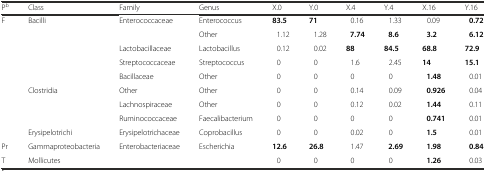
<table><thead><tr><td><b>P<sup>b</sup></b></td><td><b>Class</b></td><td><b>Family</b></td><td><b>Genus</b></td><td><b>X.0</b></td><td><b>Y.0</b></td><td><b>X.4</b></td><td><b>Y.4</b></td><td><b>X.16</b></td><td><b>Y.16</b></td></tr></thead><tbody><tr><td rowspan="9">F</td><td rowspan="5">Bacilli</td><td>Enterococcaceae</td><td>Enterococcus</td><td><b>83.5</b></td><td><b>71</b></td><td>0.16</td><td>1.33</td><td>0.09</td><td><b>0.72</b></td></tr><tr><td></td><td>Other</td><td>1.12</td><td>1.28</td><td><b>7.74</b></td><td><b>8.6</b></td><td><b>3.2</b></td><td><b>6.12</b></td></tr><tr><td>Lactobacillaceae</td><td>Lactobacillus</td><td>0.12</td><td>0.02</td><td><b>88</b></td><td><b>84.5</b></td><td><b>68.8</b></td><td><b>72.9</b></td></tr><tr><td>Streptococcaceae</td><td>Streptococcus</td><td>0</td><td>0</td><td>1.6</td><td>2.45</td><td><b>14</b></td><td><b>15.1</b></td></tr><tr><td>Bacillaceae</td><td>Other</td><td>0</td><td>0</td><td>0</td><td>0</td><td><b>1.48</b></td><td>0.01</td></tr><tr><td rowspan="3">Clostridia</td><td>Other</td><td>Other</td><td>0</td><td>0</td><td>0.14</td><td>0.09</td><td><b>0.926</b></td><td>0.04</td></tr><tr><td>Lachnospiraceae</td><td>Other</td><td>0</td><td>0</td><td>0.12</td><td>0.02</td><td><b>1.44</b></td><td>0.11</td></tr><tr><td>Ruminococcaceae</td><td>Faecalibacterium</td><td>0</td><td>0</td><td>0</td><td>0</td><td><b>0.741</b></td><td>0.01</td></tr><tr><td>Erysipelotrichi</td><td>Erysipelotrichaceae</td><td>Coprobacillus</td><td>0</td><td>0</td><td>0.02</td><td>0</td><td><b>1.5</b></td><td>0.01</td></tr><tr><td>Pr</td><td>Gammaproteobacteria</td><td>Enterobacteriaceae</td><td>Escherichia</td><td><b>12.6</b></td><td><b>26.8</b></td><td>1.47</td><td><b>2.69</b></td><td><b>1.98</b></td><td><b>0.84</b></td></tr><tr><td>T</td><td>Mollicutes</td><td></td><td></td><td>0</td><td>0</td><td>0</td><td>0</td><td><b>1.26</b></td><td>0.03</td></tr></tbody></table>